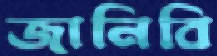
জানিবি